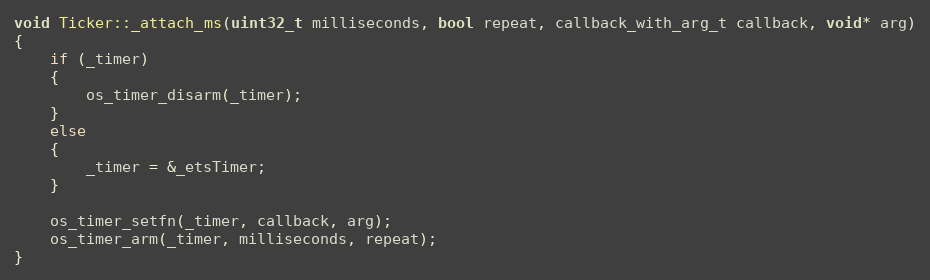
Language: C++
void Ticker::_attach_ms(uint32_t milliseconds, bool repeat, callback_with_arg_t callback, void* arg)
{
    if (_timer)
    {
        os_timer_disarm(_timer);
    }
    else
    {
        _timer = &_etsTimer;
    }

    os_timer_setfn(_timer, callback, arg);
    os_timer_arm(_timer, milliseconds, repeat);
}